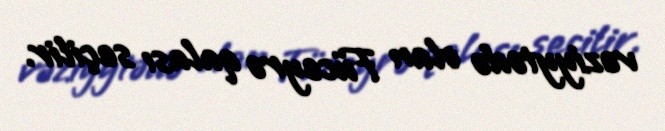
vəziyytədə olan Füceyrə qalası seçilir.